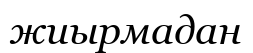
жиырмадан